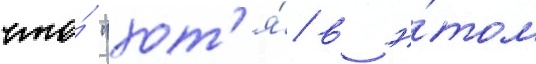
что́ "хот'я́ в э́том